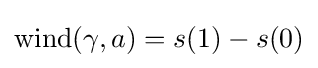
{\text{wind}}(\gamma ,a)=s(1)-s(0)